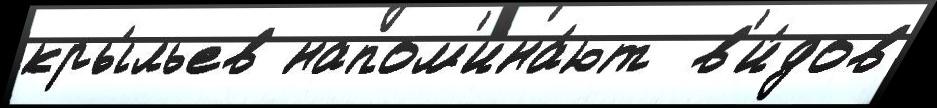
кры́льев напом'ина́ют  в'и́дов